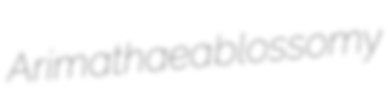
Arimathaea blossomy